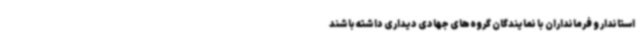
استاندار و فرمانداران با نمایندگان گروه‌های جهادی دیداری داشته باشند